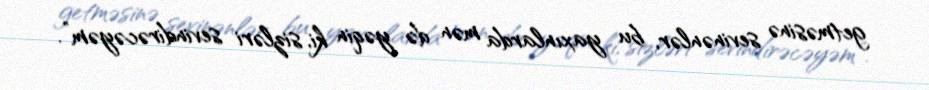
getməsinə sevinənlər, bu yaxınlarda mən də yəqin ki, sizləri sevindirəcəyəm”.